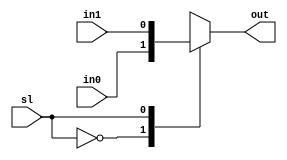
//--------------------------------------------------------------------
// Name: Omkar Girish Kamath
// Description: A 2 input to 1 output multiplexer with 1 bit select  
//              line.
//--------------------------------------------------------------------

module mux_2to1 (
                 sl,
                 out,
                 in0,
                 in1
                 );

   //--------------------------------------------------------------------
   // Inputs
   //--------------------------------------------------------------------
   input wire sl;
   input wire in0;
   input wire in1;

   //--------------------------------------------------------------------
   // Outputs
   //--------------------------------------------------------------------
   output reg out;
   
   always @(*)
     begin
        case (sl)
          'b0:
            begin
               out <= in0;
            end
          
          'b1:
            begin
               out <= in1;
            end
          
          default:
            begin
               out <= in0;
            end
        endcase  
     end // always @ (*)
   
endmodule